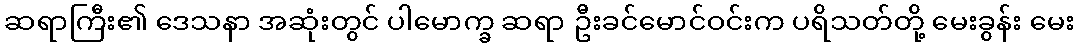
ဆရာကြီး၏ ဒေသနာ အဆုံးတွင် ပါမောက္ခ ဆရာ ဦးခင်မောင်ဝင်းက ပရိသတ်တို့ မေးခွန်း မေး